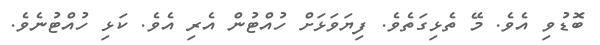
ބޮޑުވި އެވެ. މޭ ތެޅިގަތެވެ. ފިޔަވަޅަށް ހުއްޓުން އެރި އެވެ. ކަޅި ހުއްޓުނެވެ.